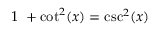
1 \ + \cot ^ { 2 } ( x ) = \csc ^ { 2 } ( x )